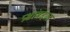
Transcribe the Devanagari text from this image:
प्रश्नांबद्दल